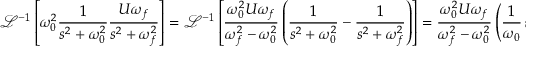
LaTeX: { \mathcal { L } } ^ { - 1 } \left[ \omega _ { 0 } ^ { 2 } { \frac { 1 } { s ^ { 2 } + \omega _ { 0 } ^ { 2 } } } { \frac { U \omega _ { f } } { s ^ { 2 } + \omega _ { f } ^ { 2 } } } \right] = { \mathcal { L } } ^ { - 1 } \left[ { \frac { \omega _ { 0 } ^ { 2 } U \omega _ { f } } { \omega _ { f } ^ { 2 } - \omega _ { 0 } ^ { 2 } } } \left( { \frac { 1 } { s ^ { 2 } + \omega _ { 0 } ^ { 2 } } } - { \frac { 1 } { s ^ { 2 } + \omega _ { f } ^ { 2 } } } \right) \right] = { \frac { \omega _ { 0 } ^ { 2 } U \omega _ { f } } { \omega _ { f } ^ { 2 } - \omega _ { 0 } ^ { 2 } } } \left( { \frac { 1 } { \omega _ { 0 } } } \sin ( \omega _ { 0 } t ) - { \frac { 1 } { \omega _ { f } } } \sin ( \omega _ { f } t ) \right)